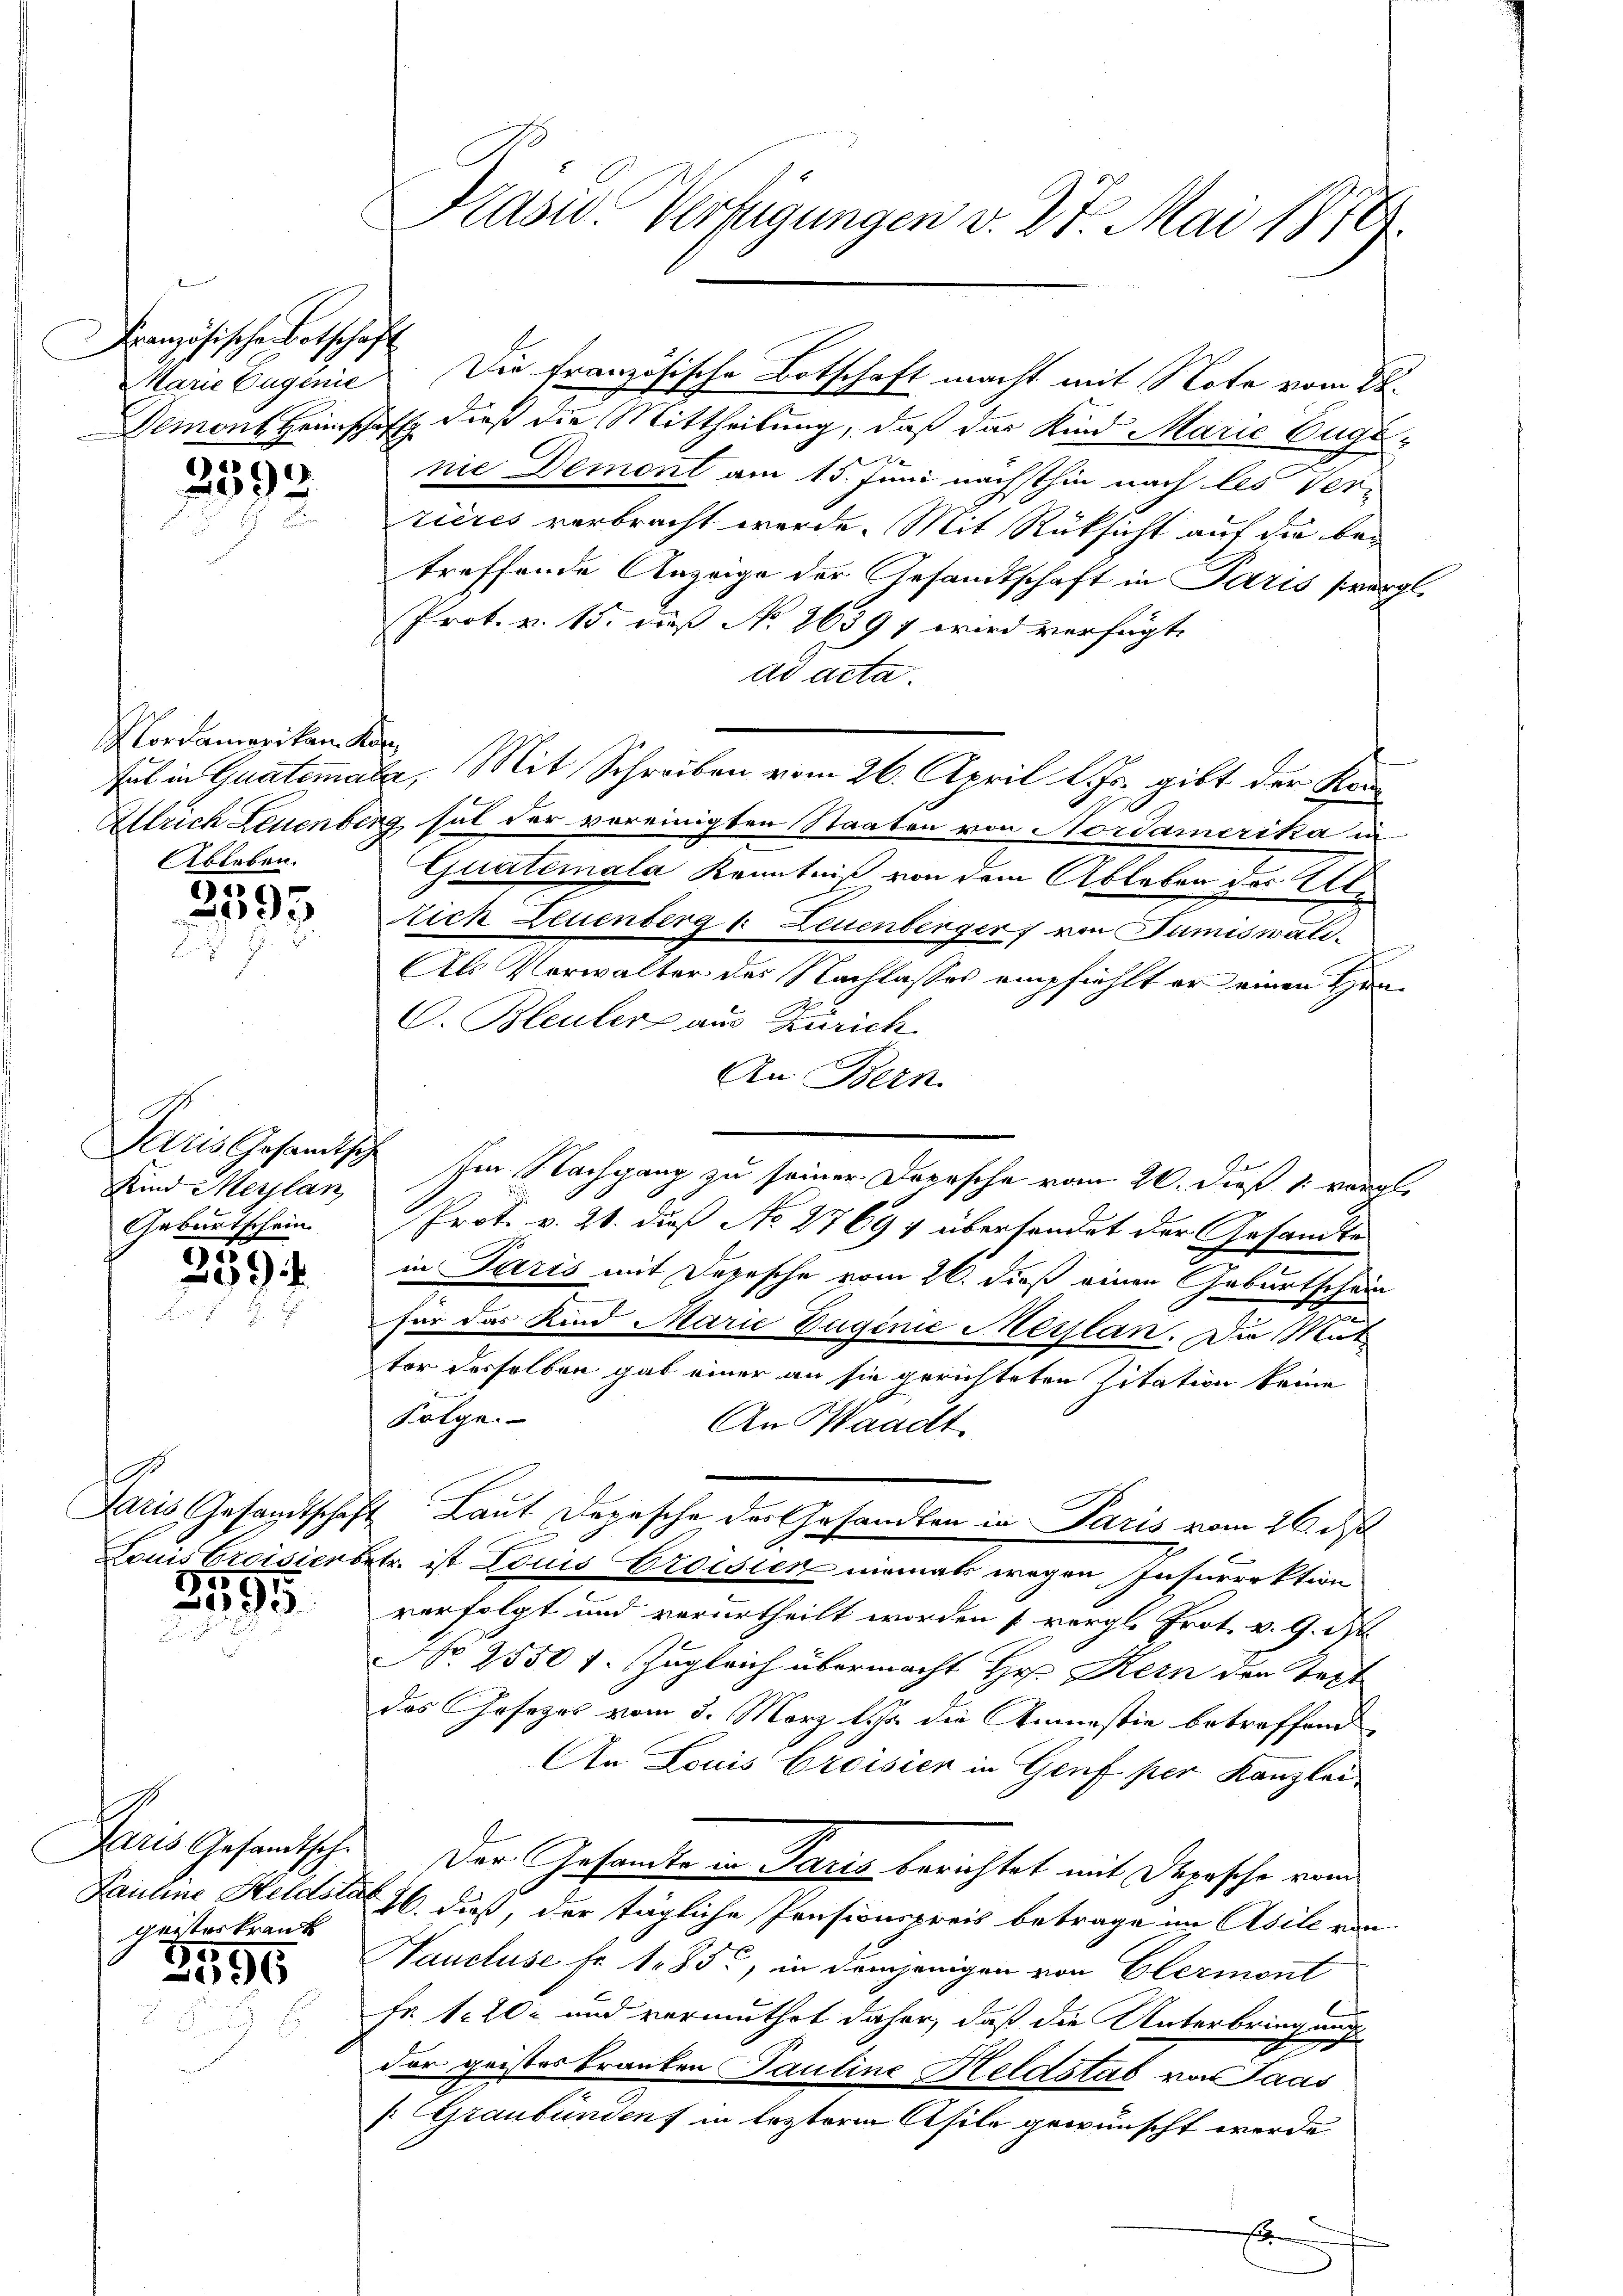
Französischen Botschaft

2592

ordamerikan. Kön
Ableben.

2393.

Kind Merlan
Geburtschein

350

.

2595

Paris Gesandtsch.
geisterkrank

3596

Prasie Verfügungen v. 27. Mai 1874.

Demont Heimschaft dieß die Mittheilung, daß das Kind Marie Zuge-
2
nie Demont am 15. Juni nächsthin nach les Verrières verbracht werde. Mit Rüksicht auf die betreffende Anzeige der Gesandtschaft in Paris sivergl.
Prok. v. 15. daß No 26397 wird verfügt,
ad acta.
tul in Guatemata, Mit Schreiben vom 26. April l. Js. gibt der Kan¬
Allrich Leuenberg sal der vereinigten Staaten von Nordamerika in
Guatemala Kenntniß von dem Ableben der Aleich Leuenberg & Leuenberger von Tumiswald.
Als Vorwalter des Nachlasses empfiehlt er einen Han¬
C. Bleuler aus Zürich.
An Bern.
Idris Gesamtsche im Nachgang zu seiner Depesche vom 20. dieß 1 vergl.
Prot. v. 21. dieß No 27694 übersendet der Gesandte
in Paris mit Depesche vom 26. dieß einen Geburtschein
für das Kind Marie Zuginie Merslan. Die Mut
tor desselben gab einer an sie gerichteten Zitation keine
Folge
An Waadt
Paris Gesandtschaft Laut Depesche der Gesandten in Paris vom 26. ds.
Louis troisierbetr. ist Louis Broisien niemals wegen Insurrektion
verfolgt und verurtheilt worden vergl. Prot. v. 9. N
Nro 2550 f. Zugleich übermacht Hr. Kern der Text
das Gesezes vom 3. März l. die Anmessin betreffend
An Louis Croisien in Genf per Kanzlei
Der Gesandte in Paris berichtet mit Depesche von
Pauline Heldsto 16. daß, der tägliche Pensionspreis betrage im Asile von
Haucluse fr. 185, in demjenigen von Glermont
Fr. 1 202 und vermuthet daher, daß die Unterbringung
der geistes kranken Pauline Heldstab von Paas
: Graubünden in lezterm Asile gewünscht werde.
E

Marie Eugenie. Die französische Botschaft macht mit Note vom 28.

.